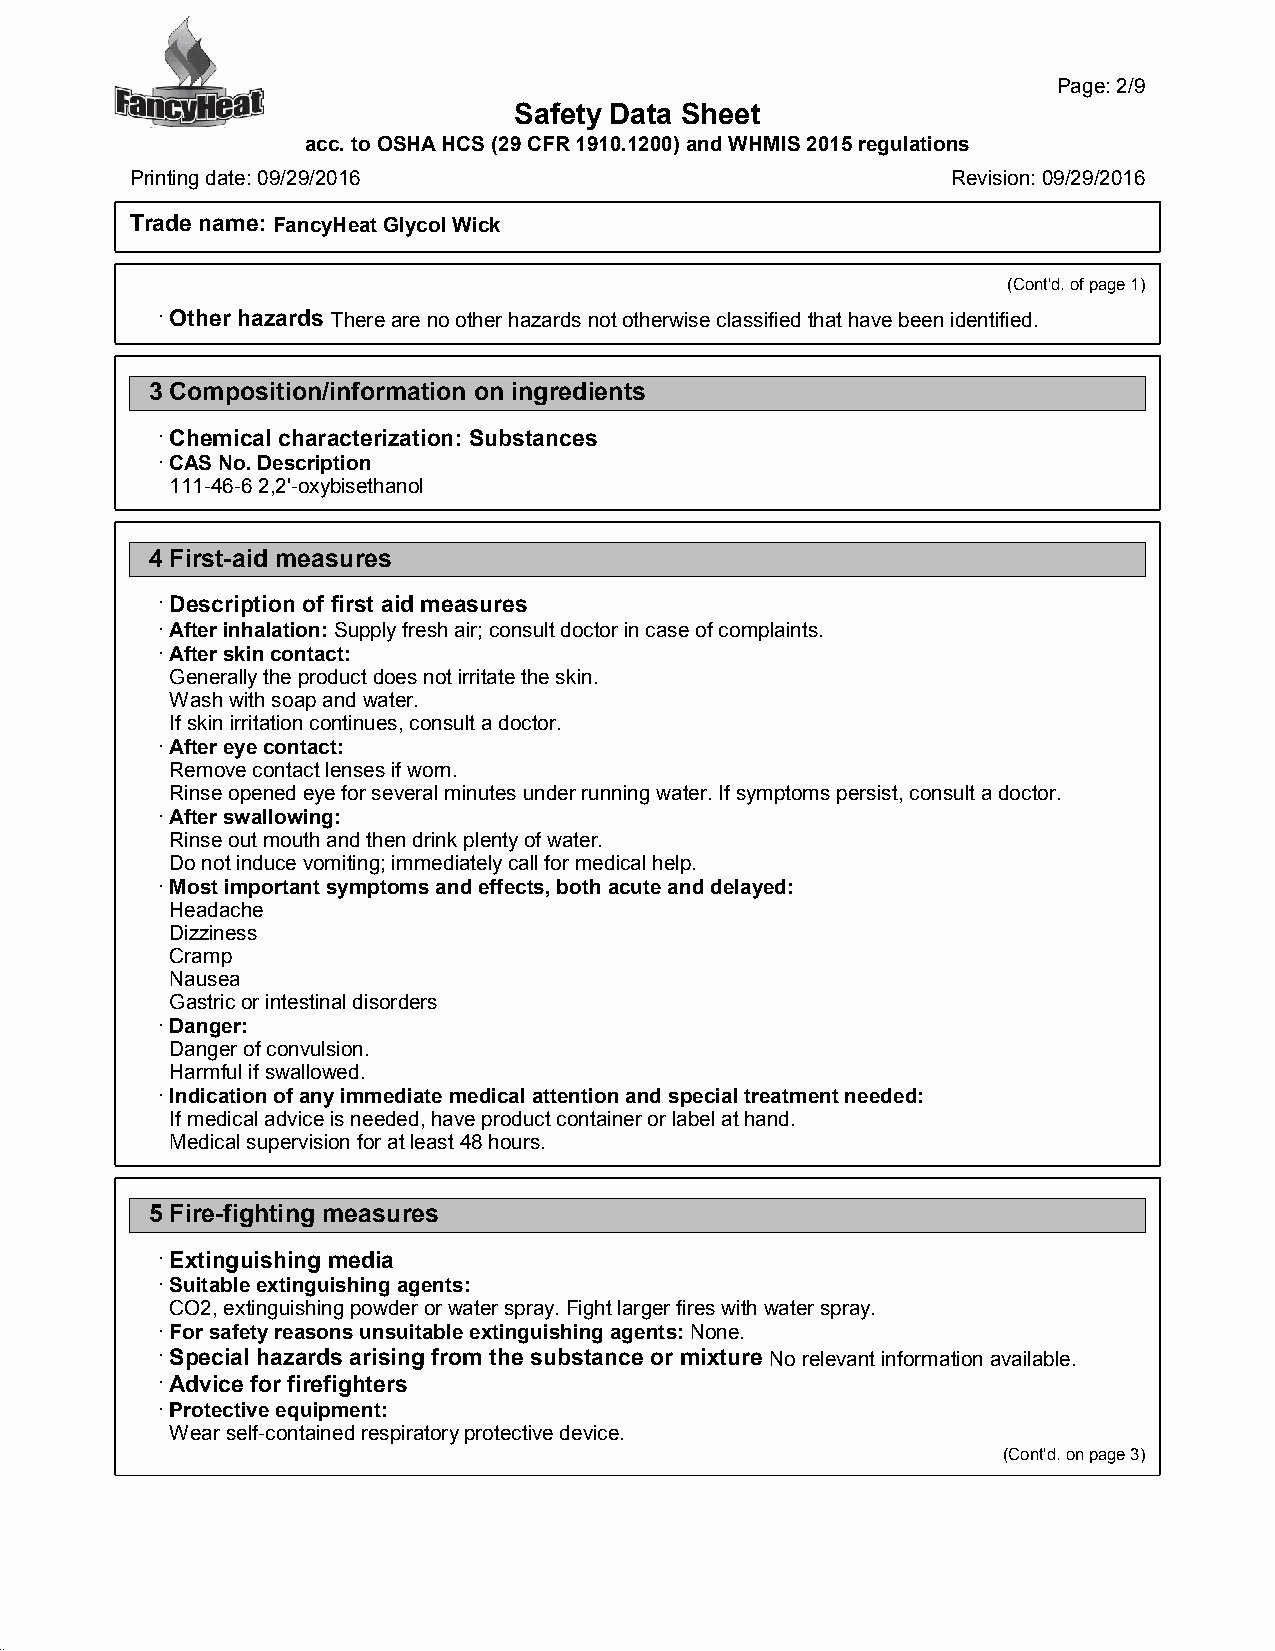
Page:2/9
 Safety Data Sheet
 acc.toOSHAHCS(29CFR1910.1200)andWHMIS2015regulations
 Printingdate:09/29/2016                               Revision:09/29/2016
 Trade name: FancyHeatGlycolWick
 (Cont'd.ofpage1)
 ·Other hazards Therearenootherhazardsnototherwiseclassifiedthathavebeenidentified.
 3Composition/information on ingredients
 ·Chemical characterization: Substances
 ·CASNo.Description
 111-46-62,2'-oxybisethanol
 4First-aid measures
 ·Description of first aid measures
 ·Afterinhalation:Supplyfreshair;consultdoctorincaseofcomplaints.
 ·Afterskincontact:
 Generallytheproductdoesnotirritatetheskin.
 Washwithsoapandwater.
 Ifskinirritationcontinues,consultadoctor.
 ·Aftereyecontact:
 Removecontactlensesifworn.
 Rinseopenedeyeforseveralminutesunderrunningwater.Ifsymptomspersist,consultadoctor.
 ·Afterswallowing:
 Rinseoutmouthandthendrinkplentyofwater.
 Donotinducevomiting;immediatelycallformedicalhelp.
 ·Mostimportantsymptomsandeffects,bothacuteanddelayed:
 Headache
 Dizziness
 Cramp
 Nausea
 Gastricorintestinaldisorders
 ·Danger:
 Dangerofconvulsion.
 Harmfulifswallowed.
 ·Indicationofanyimmediatemedicalattentionandspecialtreatmentneeded:
 Ifmedicaladviceisneeded,haveproductcontainerorlabelathand.
 Medicalsupervisionforatleast48hours.
 5Fire-fighting measures
 ·Extinguishing media
 ·Suitableextinguishingagents:
 CO2,extinguishingpowderorwaterspray.Fightlargerfireswithwaterspray.
 ·Forsafetyreasonsunsuitableextinguishingagents:None.
 ·Special hazards arising from the substance or mixture Norelevantinformationavailable.
 ·Advice for firefighters
 ·Protectiveequipment:
 Wearself-containedrespiratoryprotectivedevice.
 (Cont'd.onpage3)
 43.0